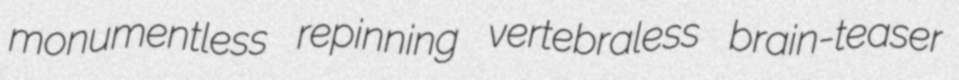
monumentless repinning vertebraless brain-teaser